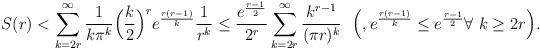
LaTeX: \begin{align*}S(r) < \sum_{k=2r}^{\infty}\dfrac{1}{k\pi^k}\Bigl(\dfrac{k}{2}\Bigr)^r e^{\frac{r(r-1)}{k}} \dfrac{1}{r^k} \leq \dfrac{e^{\frac{r-1}{2}}}{2^r}\sum_{k=2r}^{\infty}\dfrac{k^{r-1}}{(\pi r)^k}\ \ \Bigl(, e^{\frac{r(r-1)}{k}} \leq e^{\frac{r-1}{2}} \forall\ k \geq 2r\Bigr).\end{align*}